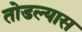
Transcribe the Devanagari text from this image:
तोडल्यास